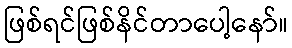
ဖြစ်ရင်ဖြစ်နိင်တာပေါ့နော်။